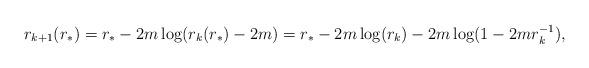
LaTeX: \begin{align*} r_{k+1}(r_*)=r_*-2 m\log(r_k(r_*)-2 m)=r_*-2 m\log(r_k)-2 m\log(1-2 m r_k^{-1}), \end{align*}